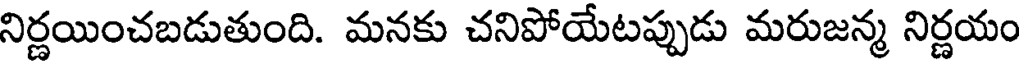
నిర్ణయించబడుతుంది. మనకు చనిపోయేటప్పుడు మరుజన్మ నిర్ణయం